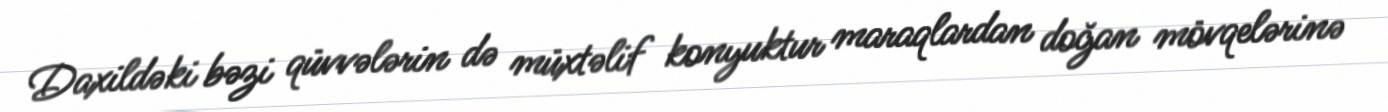
Daxildəki bəzi qüvvələrin də müxtəlif konyuktur maraqlardan doğan mövqelərinə